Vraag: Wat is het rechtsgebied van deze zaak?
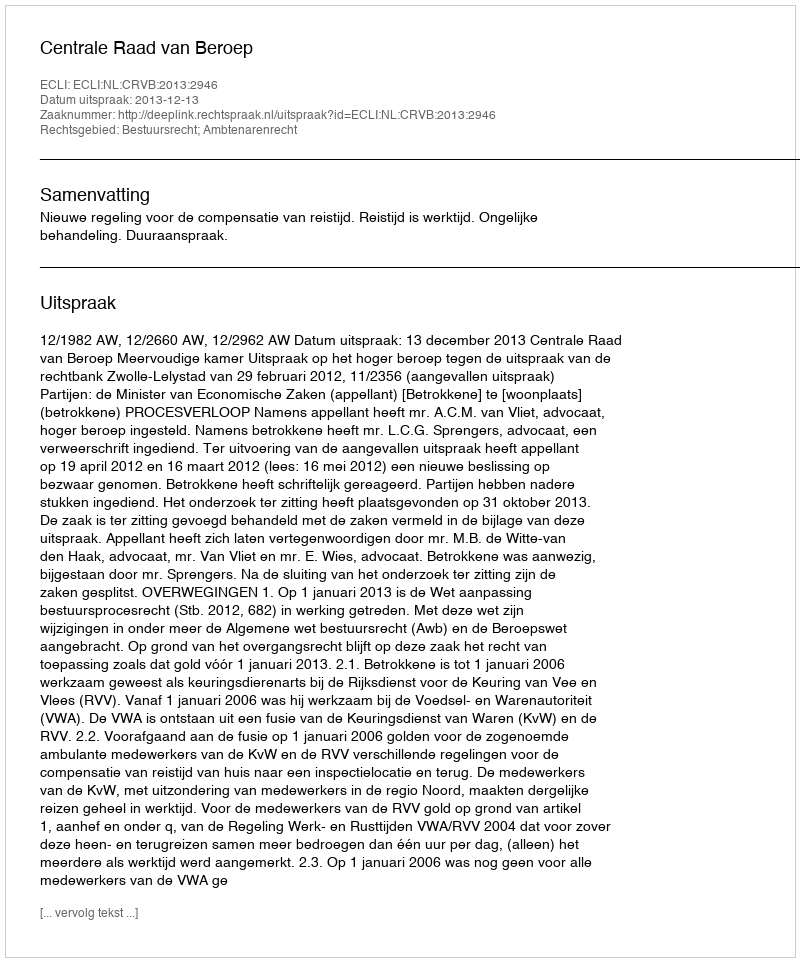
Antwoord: Bestuursrecht; Ambtenarenrecht